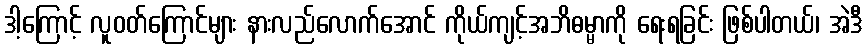
ဒါ့ကြောင့် လူဝတ်ကြောင်များ နားလည်လောက်အောင် ကိုယ်ကျင့်အဘိဓမ္မာကို ရေးရခြင်း ဖြစ်ပါတယ်၊ အဲဒီ